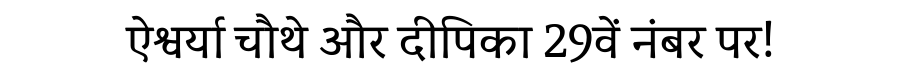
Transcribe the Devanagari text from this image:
ऐश्वर्या चौथे और दीपिका 29वें नंबर पर!